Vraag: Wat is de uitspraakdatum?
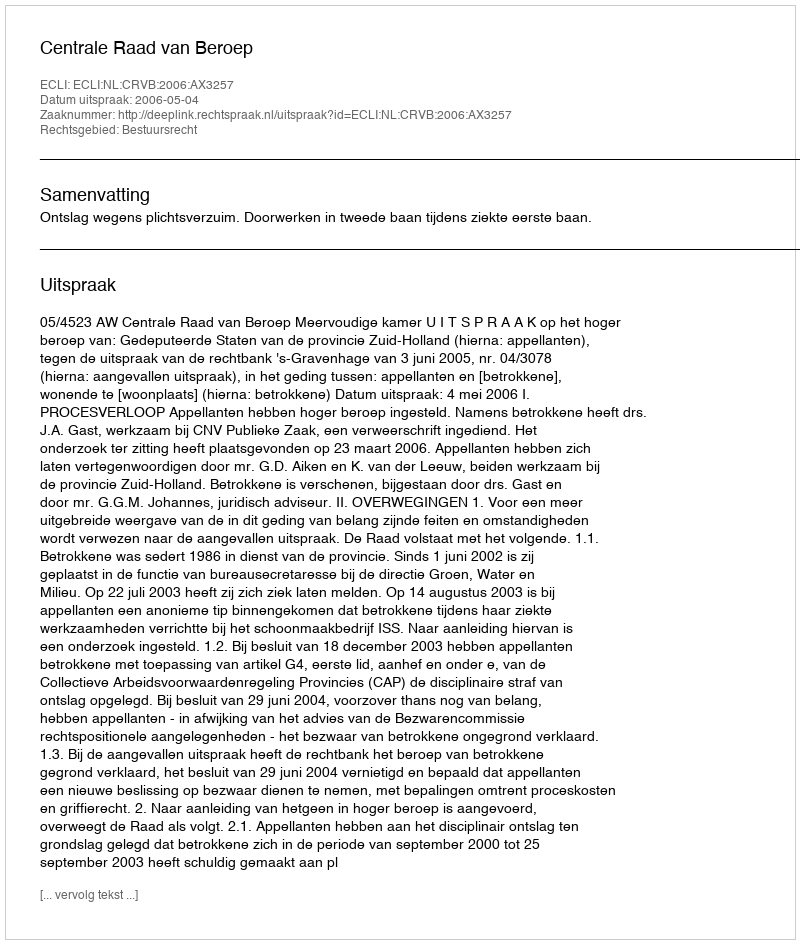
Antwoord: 2006-05-04